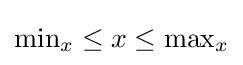
{\mbox{min}}_{x}\leq x\leq {\mbox{max}}_{x}